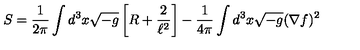
S = \frac { 1 } { 2 \pi } \int d ^ { 3 } x \sqrt { - g } \left[ R + \frac { 2 } { \ell ^ { 2 } } \right] - \frac { 1 } { 4 \pi } \int d ^ { 3 } x \sqrt { - g } ( \nabla f ) ^ { 2 }